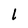
Character: l